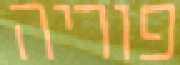
פוריה